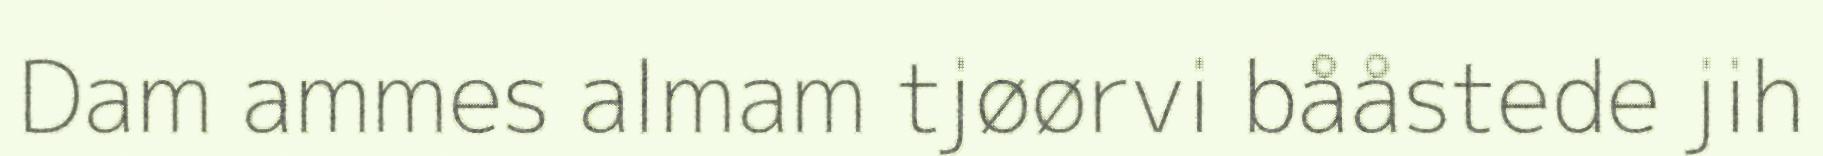
Dam ammes almam tjøørvi bååstede jih